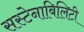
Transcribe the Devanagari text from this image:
सस्टेनाबिलिटी